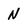
Character: N